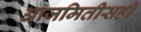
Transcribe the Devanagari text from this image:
आजमितीसही